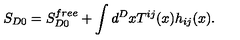
S _ { D 0 } = S _ { D 0 } ^ { f r e e } + \int d ^ { D } x T ^ { i j } ( x ) h _ { i j } ( x ) .